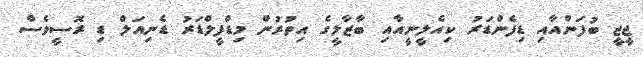
ޖީޖީ ބުފަންއާއި ޑިފެންޑަރު ކިއެލީނީއާއި ބާޒާލީގެ އިތުރުން މިޑްފީލްޑަރު ޑެނިއަލް ޑި ރޮސީވެސް